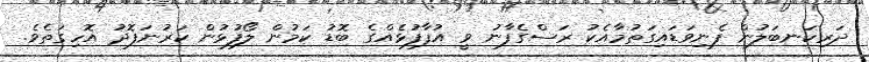
ދަރިކަނބަލުން ފެނިވަޑައިގަތުމާއެކު ރަސްގެފާނު ވީ އުފާފުޅެއްގެ ބޮޑު ކަމުން ލޯފުޅުން ކަރުނަފޮދު އޮހިގަތެވެ.